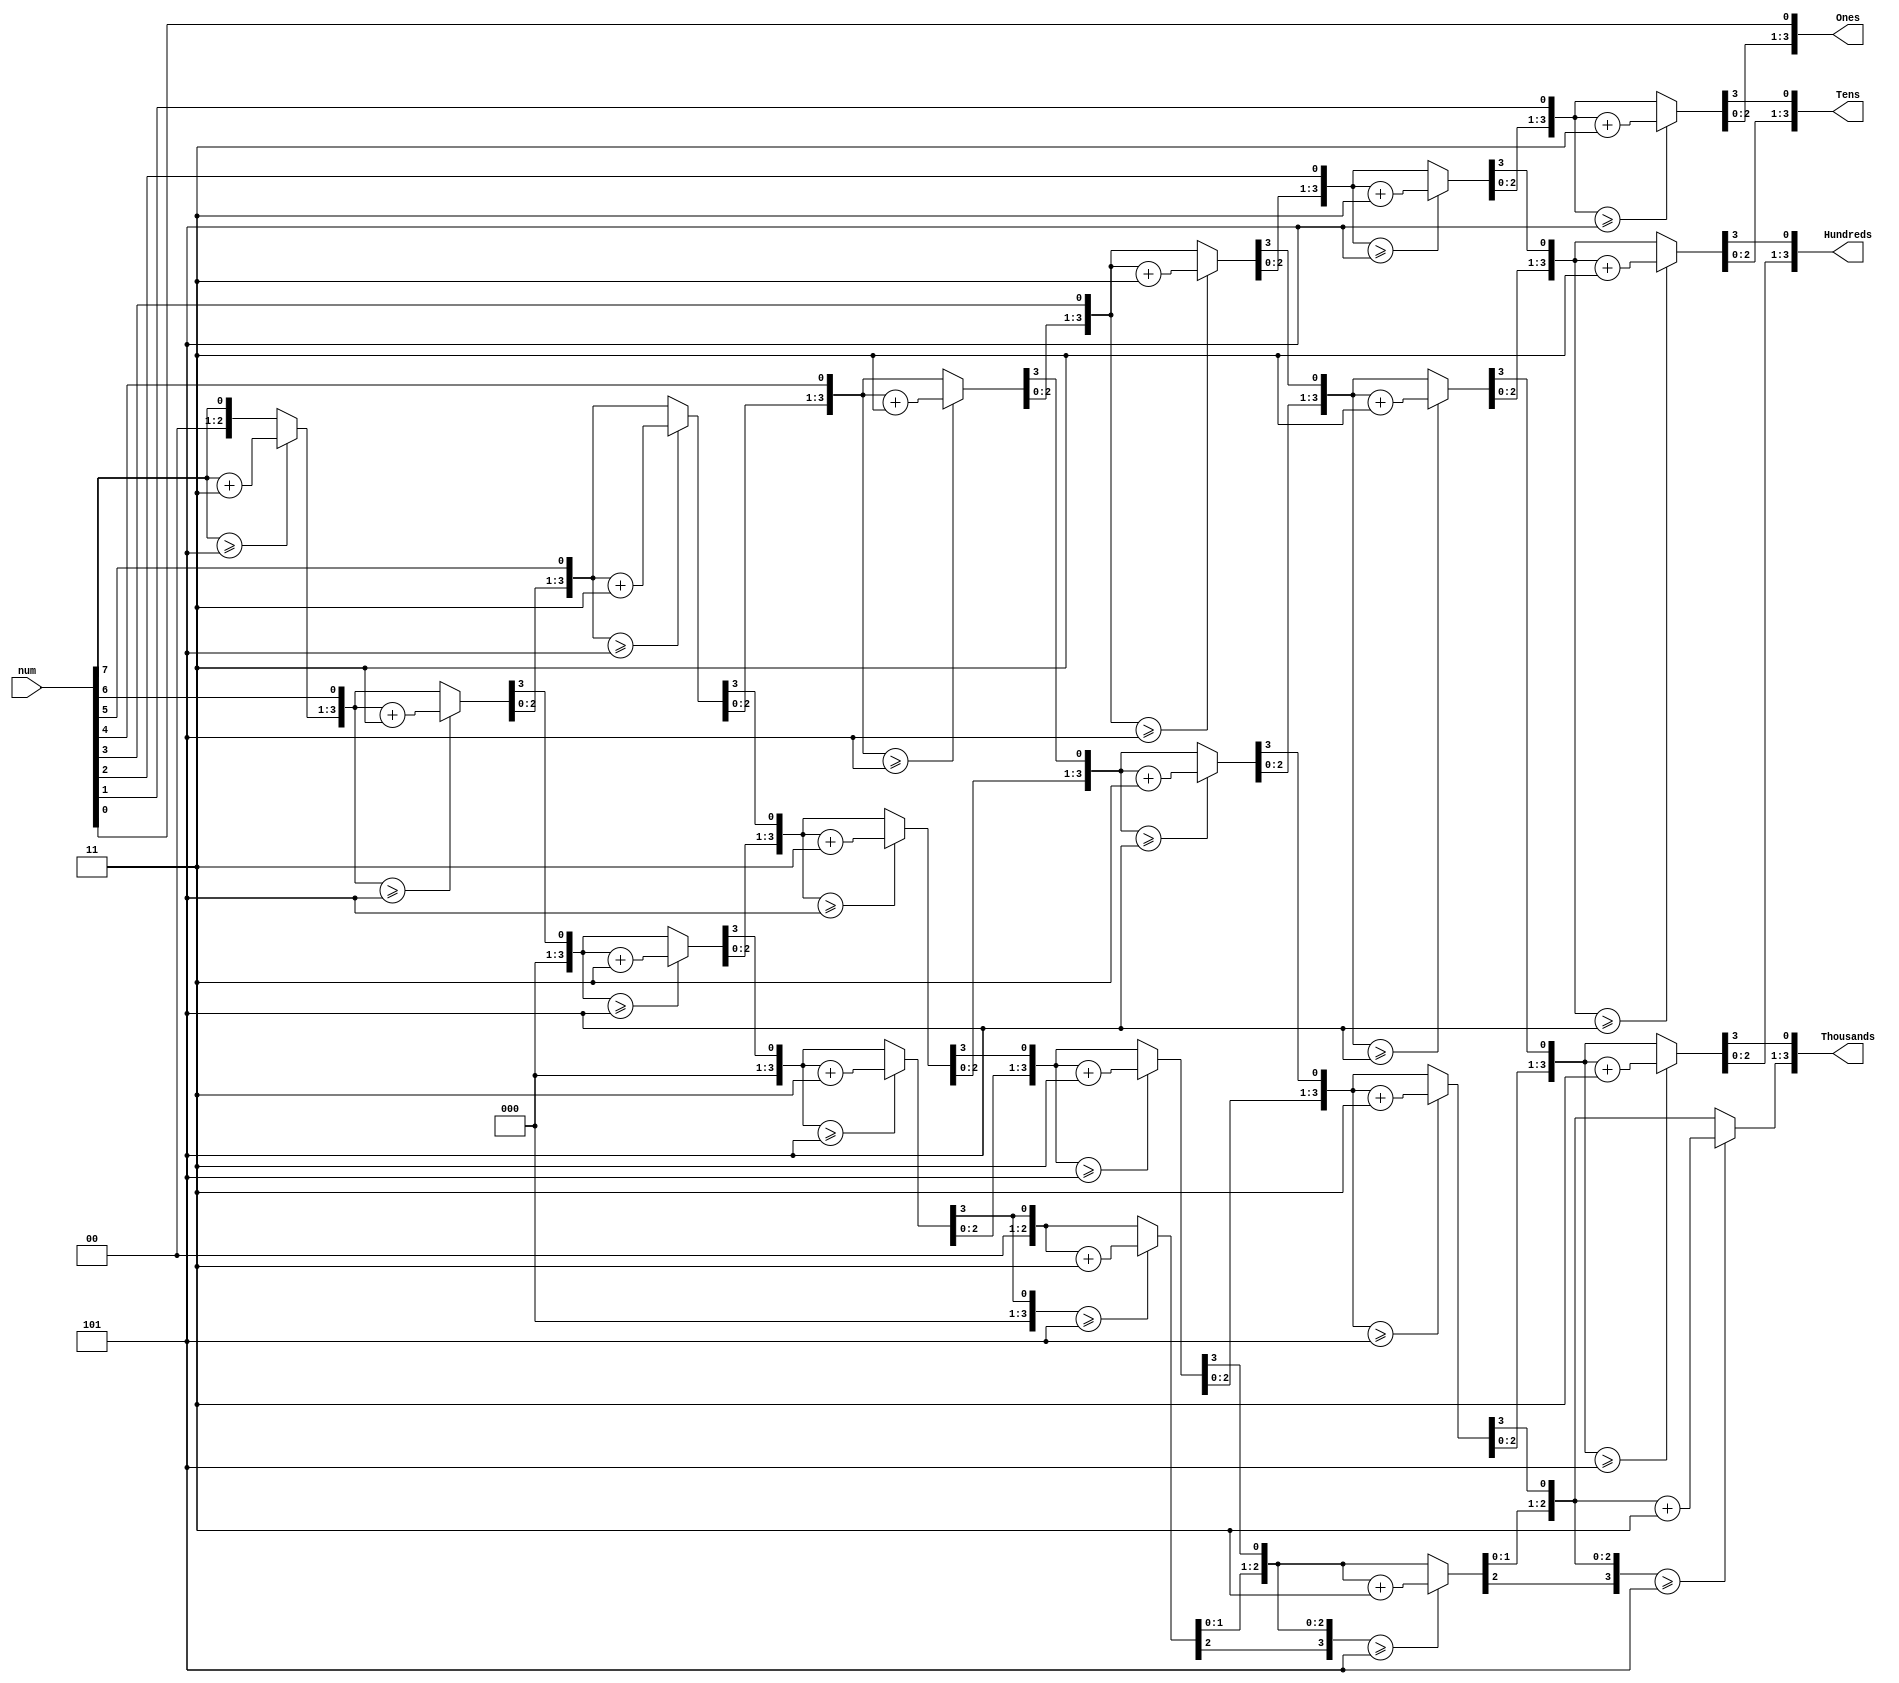
`timescale 1ns / 1ps
//////////////////////////////////////////////////////////////////////////////////
// Company: 
// Engineer: 
// 
// Design Name: 
// Module Name: BCD
// Project Name: 
// Target Devices: 
// Tool Versions: 
// Description: 
// 
// Dependencies: 
// 
// Revision:
// Revision 0.01 - File Created
// Additional Comments:
// 
//////////////////////////////////////////////////////////////////////////////////


module BCD (
input [7:0] num,
output reg [3:0] Thousands,
output reg [3:0] Hundreds,
output reg [3:0] Tens,
output reg [3:0] Ones
);
integer i;
always @(num)
begin
//initialization
 Thousands = 4'd0;
 Hundreds = 4'd0;
 Tens = 4'd0;
 Ones = 4'd0;
for (i = 7; i >= 0 ; i = i-1 )
begin
if(Thousands >= 5 )
 Thousands = Thousands + 3;
if(Hundreds >= 5 )
 Hundreds = Hundreds + 3;
if (Tens >= 5 )
 Tens = Tens + 3;
 if (Ones >= 5)
 Ones = Ones +3;
//shift left one
Thousands = Thousands << 1;
 Thousands [0] = Hundreds [3];
 Hundreds = Hundreds << 1;
 Hundreds [0] = Tens [3];
 Tens = Tens << 1;
 Tens [0] = Ones[3];
 Ones = Ones << 1;
 Ones[0] = num[i];
end
end
endmodule